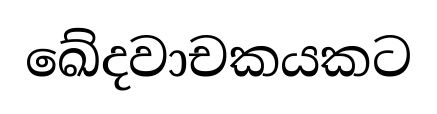
ඛේදවාචකයකට